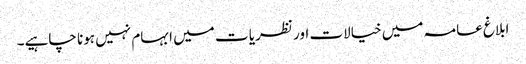
ابلاغ عامہ میں خیالات اور نظریا ت میں ابہام نہیں ہونا چاہیے۔